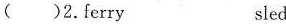
( )2.ferry sled